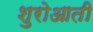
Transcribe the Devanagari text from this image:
शुरोआती